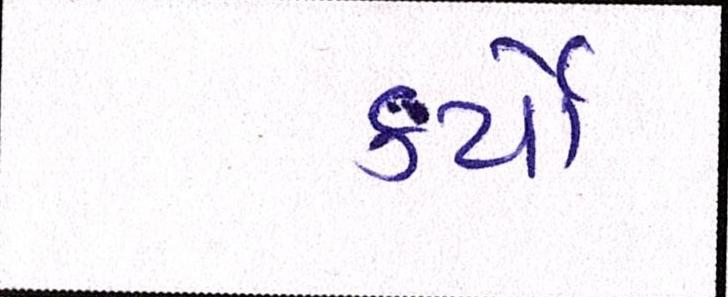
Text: કર્યેા